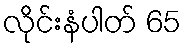
လိုင်းနံပါတ် 65